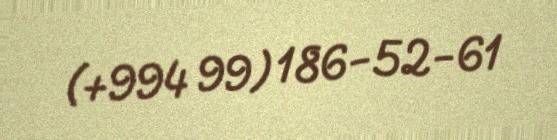
(+994 99) 186-52-61